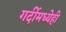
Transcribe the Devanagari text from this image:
गर्दीमध्येही